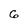
Character: 6